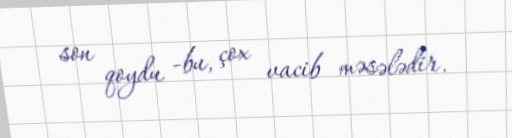
son qoydu -bu, çox vacib məsələdir.